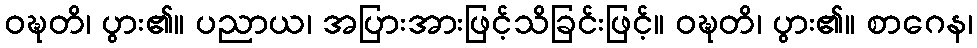
ဝဍ္ဎတိ၊ ပွား၏။ ပညာယ၊ အပြားအားဖြင့်သိခြင်းဖြင့်။ ဝဍ္ဎတိ၊ ပွား၏။ စာဂေန၊